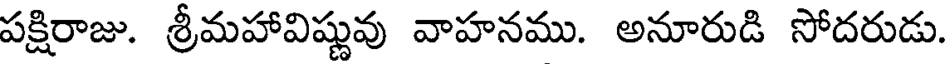
పక్షిరాజు. శ్రీమహావిష్ణువు వాహనము. అనూరుడి సోదరుడు.